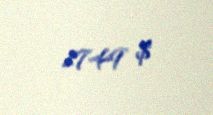
1749 $